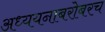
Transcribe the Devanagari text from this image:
अध्ययनाबरोबरच